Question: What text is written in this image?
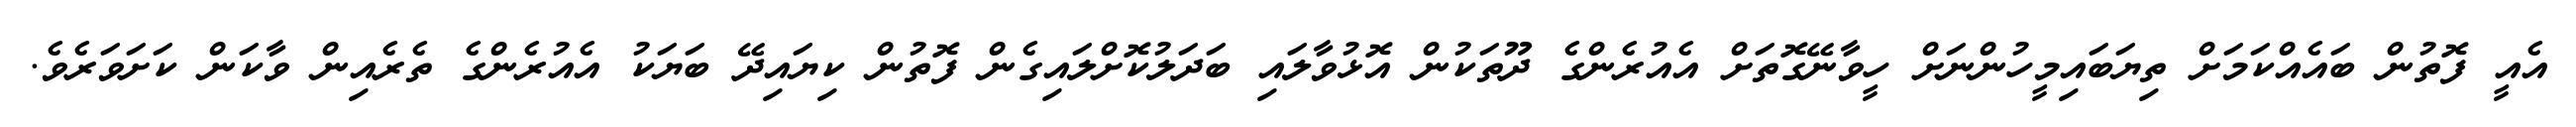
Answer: އެއީ ފޮތުން ބައެއްކަމަށް ތިޔަބައިމީހުންނަށް ހީވާނޭގޮތަށް އެއުރެންގެ ދޫތަކުން އޮޅުވާލައި ބަދަލުކޮށްލައިގެން ފޮތުން ކިޔައިދޭ ބަޔަކު އެއުރެންގެ ތެރެއިން ވާކަން ކަށަވަރެވެ.